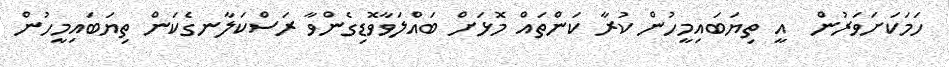
ހަމަކަށަވަރުން  އީ ތިޔަބައިމީހުން ކުރާ ކަންތައް މޮޅަށް ބައްލަވާވޮޑިގެންވާ ރަސްކަލާނގެކަން ތިޔަބައިމީހުން